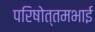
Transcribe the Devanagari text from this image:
परिषोत्तमभाई